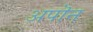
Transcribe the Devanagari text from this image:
अपॊन